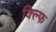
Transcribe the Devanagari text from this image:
क्ल्फि